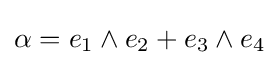
\alpha =e_{1}\wedge e_{2}+e_{3}\wedge e_{4}